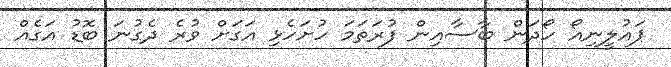
ޕައުލީނިއޯ ހޯދަން ބާސާއިން ފުރަތަމަ ހުށަހެޅި އަގަށް ވުރެ ދެގުނަ ބޮޑު އަގެއް